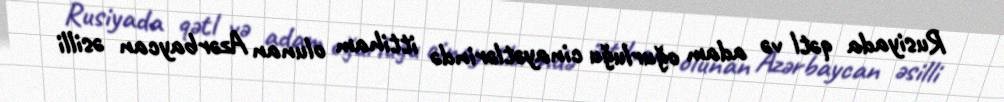
Rusiyada qətl və adam oğurluğu cinayətlərində ittiham olunan Azərbaycan əsilli